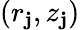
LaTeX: (r_{\mathbf{j}},z_{\mathbf{j}})